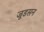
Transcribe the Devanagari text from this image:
जूडसन